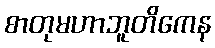
စာတုမဟာဘူတိကေန